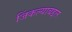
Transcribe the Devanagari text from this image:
जिंकल्याबद्दल